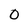
Character: 0